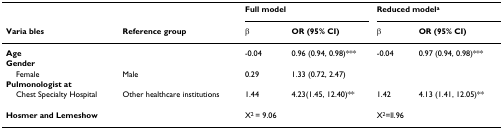
|  |  | <COLSPAN=2> Full model | <COLSPAN=2> Reduced modela |
 | Varia bles | Reference group | β | OR (95% CI) | β | OR (95% CI) |
 | --- | --- | --- | --- | --- | --- |
 | Age |  | -0.04 | 0.96 (0.94, 0.98)*** | -0.04 | 0.97 (0.94, 0.98)*** |
 | Gender |  |  |  |  |  |
 | Female | Male | 0.29 | 1.33 (0.72, 2.47) |  |  |
 | Pulmonologist at |  |  |  |  |  |
 | Chest Specialty Hospital | Other healthcare institutions | 1.44 | 4.23(1.45, 12.40)** | 1.42 | 4.13 (1.41, 12.05)** |
 | Hosmer and Lemeshow |  | X2 = 9.06 |  | X2=ll.96 |  |